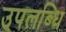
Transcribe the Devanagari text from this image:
उपलब्धि